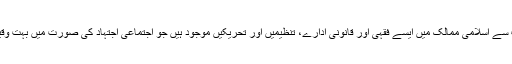
دور جدید میں بہت سے اسلامی ممالک میں ایسے فقہی اور قانونی ادارے، تنظیمیں اور تحریکیں موجود ہیں جو اجتماعی اجتہاد کی صورت میں بہت وقیع کام کر رہی ہیں۔